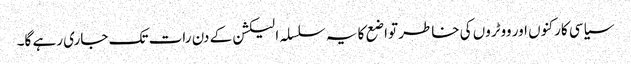
سیاسی کارکنوں اور ووٹروں کی خاطر تواضع کا یہ سلسلہ الیکشن کے دن رات تک جاری رہے گا۔